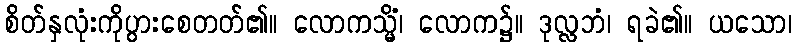
စိတ်နှလုံးကိုပွားစေတတ်၏။ လောကသ္မိံ၊ လောက၌။ ဒုလ္လဘံ၊ ရခဲ၏။ ယသော၊